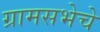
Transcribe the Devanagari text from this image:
ग्रामसभेचे